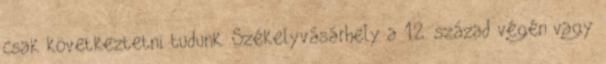
csak következtetni tudunk. Székelyvásárhely a 12. század végén vagy